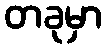
တခုမှာ